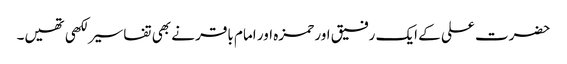
حضرت علی کے ایک رفیق اور حمزہ اور امام باقر نے بھی تفاسیر لکھی تھیں۔